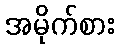
အမိုက်စား